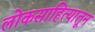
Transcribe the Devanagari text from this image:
लोकसाहित्यातून